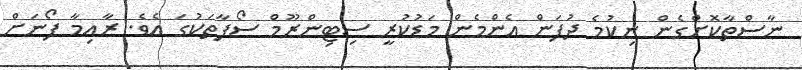
ނާސްތާކޮށްގެން ނިކުމެ ދުފަން އެންމެން މަޑުކުރީ ސިޓިންރޫމް ސޯފާތަކުގަ އެވެ. ރާއިމާ ފޯނަށް